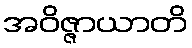
အဝိဇ္ဇာယာတိ